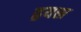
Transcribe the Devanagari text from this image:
द्वयस्र